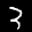
Label: 3